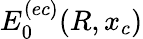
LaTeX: E_{0}^{(ec)}(R,x_{c})